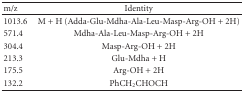
| m/z | Identity |
 | --- | --- |
 | 1013.6 | M + H (Adda-Glu-Mdha-Ala-Leu-Masp-Arg-OH + 2H) |
 | 571.4 | Mdha-Ala-Leu-Masp-Arg-OH + 2H |
 | 304.4 | Masp-Arg-OH + 2H |
 | 213.3 | Glu-Mdha + H |
 | 175.5 | Arg-OH + 2H |
 | 132.2 | PhCH2CHOCH |